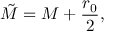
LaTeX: \tilde { M } = M + \frac { r _ { 0 } } { 2 } ,